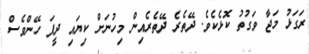
ރަގަޅު މަޖާ ވަގުތު ކޮޅެކެވެ. ދޭތެރެ ދޭތެރެއިން މިހުނަށް ކިޔައި ދީފަ ހޭންވެސް